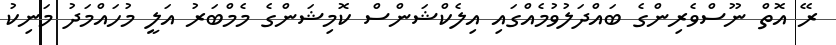
ރޭ އޮތް ނޫސްވެރިންގެ ބައްދަލުވުމެއްގައި އިލެކްޝަންސް ކޮމިޝަންގެ މެމްބަރު އަލީ މުހައްމަދު މަނިކު